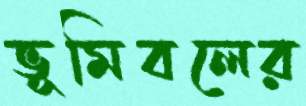
ভূমিবলের